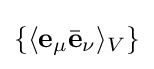
\{\langle \mathbf {e} _{\mu }{\bar {\mathbf {e} }}_{\nu }\rangle _{V}\}